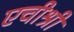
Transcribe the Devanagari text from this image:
एचीश्री